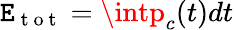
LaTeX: \mathtt{E}_{\mathrm{{~t~o~t~}}}=\intp_{c}(t)dt